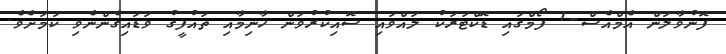
ފޮނުވާލަން އެމްއެސް-1 ފޯމްގައި ޑޮކްޓަރަކު ލައްވައި ސޮއިކުރުވަން ހާނިމާއި ތައުފީގު ވަޑައިގެންނެވި ކަމަށެވެ.